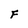
Character: F